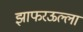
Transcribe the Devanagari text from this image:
झाफरऊल्ला